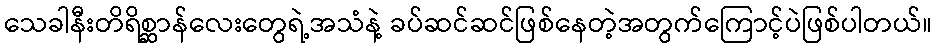
သေခါနီးတိရိစ္ဆာန်လေးတွေရဲ့အသံနဲ့ ခပ်ဆင်ဆင်ဖြစ်နေတဲ့အတွက်ကြောင့်ပဲဖြစ်ပါတယ်။